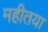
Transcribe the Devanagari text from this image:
महीतया